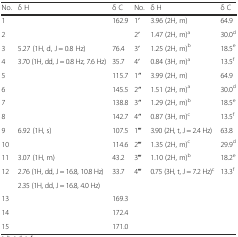
| No. | δ H | δ C | No. | δ H | δ C |
 | --- | --- | --- | --- | --- | --- |
 | 1 |  | 162.9 | 1′ | 3.96 (2H, m) | 64.9 |
 | 2 |  |  | 2′ | 1.47 (2H, m)a | 30.0d |
 | 3 | 5.27 (1H, d, J = 0.8 Hz) | 76.4 | 3′ | 1.25 (2H, m)b | 18.5e |
 | 4 | 3.70 (1H, dd, J = 0.8 Hz, 7.6 Hz) | 35.7 | 4′ | 0.84 (3H, m)a | 13.5f |
 | 5 |  | 115.7 | 1′′ | 3.99 (2H, m) | 64.9 |
 | 6 |  | 145.5 | 2′′ | 1.51 (2H, m)a | 30.0d |
 | 7 |  | 138.8 | 3′′ | 1.29 (2H, m)b | 18.5e |
 | 8 |  | 142.7 | 4′′ | 0.87 (3H, m)c | 13.5f |
 | 9 | 6.92 (1H, s) | 107.5 | 1′′′ | 3.90 (2H, t, J = 2.4 Hz) | 63.8 |
 | 10 |  | 114.6 | 2′′′ | 1.35 (2H, m)c | 29.9d |
 | 11 | 3.07 (1H, m) | 43.2 | 3′′′ | 1.10 (2H, m)b | 18.2e |
 | <ROWSPAN=2> 12 | 2.76 (1H, dd, J = 16.8, 10.8 Hz) | <ROWSPAN=2> 33.7 | <ROWSPAN=2> 4′′′ | <ROWSPAN=2> 0.75 (3H, t, J = 7.2 Hz)c | <ROWSPAN=2> 13.3f |
 | 2.35 (1H, dd, J = 16.8, 4.0 Hz) |
 | 13 |  | 169.3 |  |  |  |
 | 14 |  | 172.4 |  |  |  |
 | 15 |  | 171.0 |  |  |  |